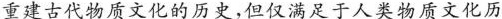
重建古代物质文化的历史，但仅满足于人类物质文化历